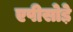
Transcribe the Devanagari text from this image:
एपीसोड़े